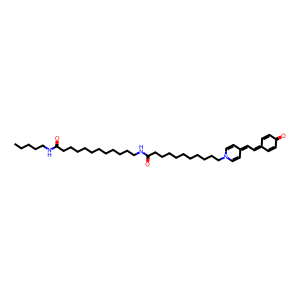
SMILES: CCCCCNC(=O)CCCCCCCCCCCNC(=O)CCCCCCCCCCN1C=CC(=CC=C2C=CC(=O)C=C2)C=C1
Inhibits HIV replication: No